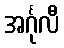
အင်္ဂုလီ